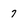
Character: 7